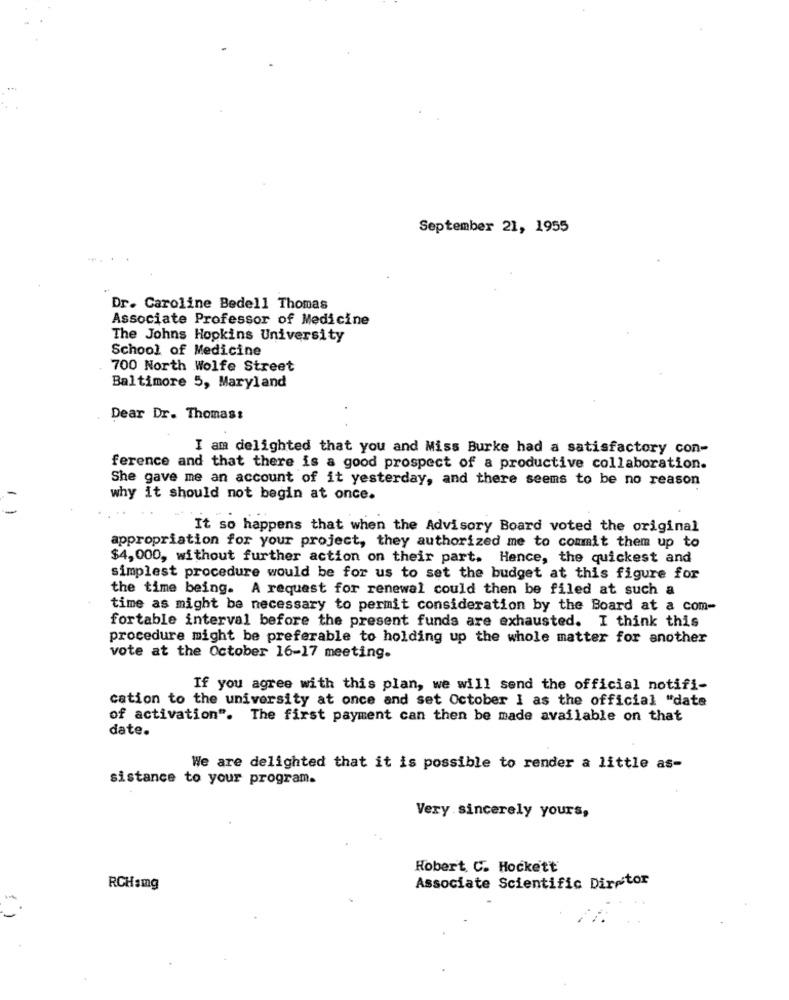
September 21, 1955
Dr. Caroline Bedell Thomas
Associate Professor of Medicine
The Johns Hopkins University
School of Medicine
700 North Wolfe Street
Baltimore 5, Maryland
Dear Dr. Thomas:
I am delighted that you and Miss Burke had a satisfactory con-
ference and that there is a good prospect of a productive collaboration.
She gave me an account of it yesterday, and there seems to be no reason
why it should not begin at once.
It so happens that when the Advisory Board voted the original
appropriation for your project, they authorized me to commit them up to
$4,000, without further action on their part. Hence, the quickest and
simplest procedure would be for us to set the budget at this figure for
the time being. A request for renewal could then be filed at such a
time as might be necessary to permit consideration by the Board at a com-
fortable interval before the present funds are exhausted. I think this
procedure might be preferable to holding up the whole matter for another
vote at the October 16-17 meeting.
If you agree with this plan, we will send the official notifi-
cation to the university at once and set October I as the official "date
of activation". The first payment can then be made available on that
date.
We are delighted that it is possible to render a little as-
sistance to your program.
Very sincerely yours,
Robert C. Hockett
RCHamg
Associate Scientific Diretor